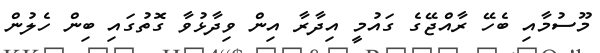
މޫސުމާއި ބެހޭ ރާއްޖޭގެ ގައުމީ އިދާރާ އިން ވިދާޅުވާ ގޮތުގައި ބިން ހެލުން